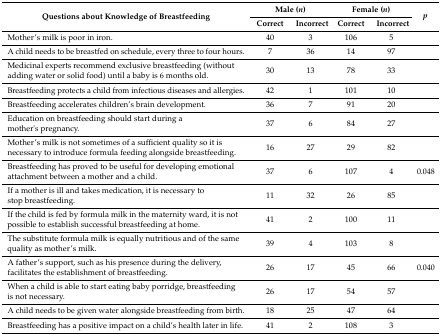
| <ROWSPAN=2> Questions about knowledge of breastfeeding | <COLSPAN=2> Male (n) | <COLSPAN=2> Female (n) | <ROWSPAN=2> p |
 | Correct | Incorrect | Correct | Incorrect |
 | --- | --- | --- | --- | --- | --- |
 | Mother’s milk is poor in iron. | 40 | 3 | 106 | 5 |  |
 | A child needs to be breastfed on schedule, every three to four hours. | 7 | 36 | 14 | 97 |  |
 | Medicinal experts recommend exclusive breastfeeding (without adding water or solid food) until a baby is 6 months old. | 30 | 13 | 78 | 33 |  |
 | Breastfeeding protects a child from infectious diseases and allergies. | 42 | 1 | 101 | 10 |  |
 | Breastfeeding accelerates children’s brain development. | 36 | 7 | 91 | 20 |  |
 | Education on breastfeeding should start during a mother's pregnancy. | 37 | 6 | 84 | 27 |  |
 | Mother’s milk is not sometimes of a sufficient quality so it is necessary to introduce formula feeding alongside breastfeeding. | 16 | 27 | 29 | 82 |  |
 | Breastfeeding has proved to be useful for developing emotional attachment between a mother and a child. | 37 | 6 | 107 | 4 | 0.048 |
 | If a mother is ill and takes medication, it is necessary to stop breastfeeding. | 11 | 32 | 26 | 85 |  |
 | If the child is fed by formula milk in the maternity ward, it is not possible to establish successful breastfeeding at home. | 41 | 2 | 100 | 11 |  |
 | The substitute formula milk is equally nutritious and of the same quality as mother’s milk. | 39 | 4 | 103 | 8 |  |
 | A father’s support, such as his presence during the delivery, facilitates the establishment of breastfeeding. | 26 | 17 | 45 | 66 | 0.040 |
 | When a child is able to start eating baby porridge, breastfeeding is not necessary. | 26 | 17 | 54 | 57 |  |
 | A child needs to be given water alongside breastfeeding from birth. | 18 | 25 | 47 | 64 |  |
 | Breastfeeding has a positive impact on a child’s health later in life. | 41 | 2 | 108 | 3 |  |